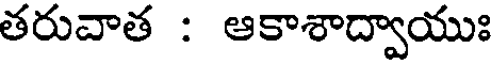
తరువాత : ఆకాశాద్వాయుః